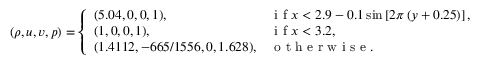
( \rho , u , v , p ) = \left\{ \begin{array} { l l } { ( 5 . 0 4 , 0 , 0 , 1 ) , } & { \mathrm { ~ i ~ f ~ } x < 2 . 9 - 0 . 1 \sin \left[ 2 \pi \left( y + 0 . 2 5 \right) \right] , } \\ { ( 1 , 0 , 0 , 1 ) , } & { \mathrm { ~ i ~ f ~ } x < 3 . 2 , } \\ { ( 1 . 4 1 1 2 , - 6 6 5 / 1 5 5 6 , 0 , 1 . 6 2 8 ) , } & { \mathrm { ~ o ~ t ~ h ~ e ~ r ~ w ~ i ~ s ~ e ~ } . } \end{array} \right.